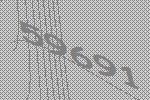
59691